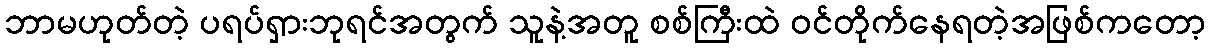
ဘာမဟုတ်တဲ့ ပရပ်ရှားဘုရင်အတွက် သူနဲ့အတူ စစ်ကြီးထဲ ဝင်တိုက်နေရတဲ့အဖြစ်ကတော့